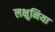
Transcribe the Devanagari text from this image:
लक्षुनिया